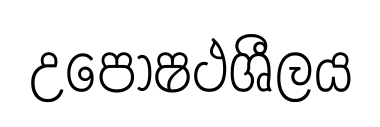
උපෝෂථශීලය